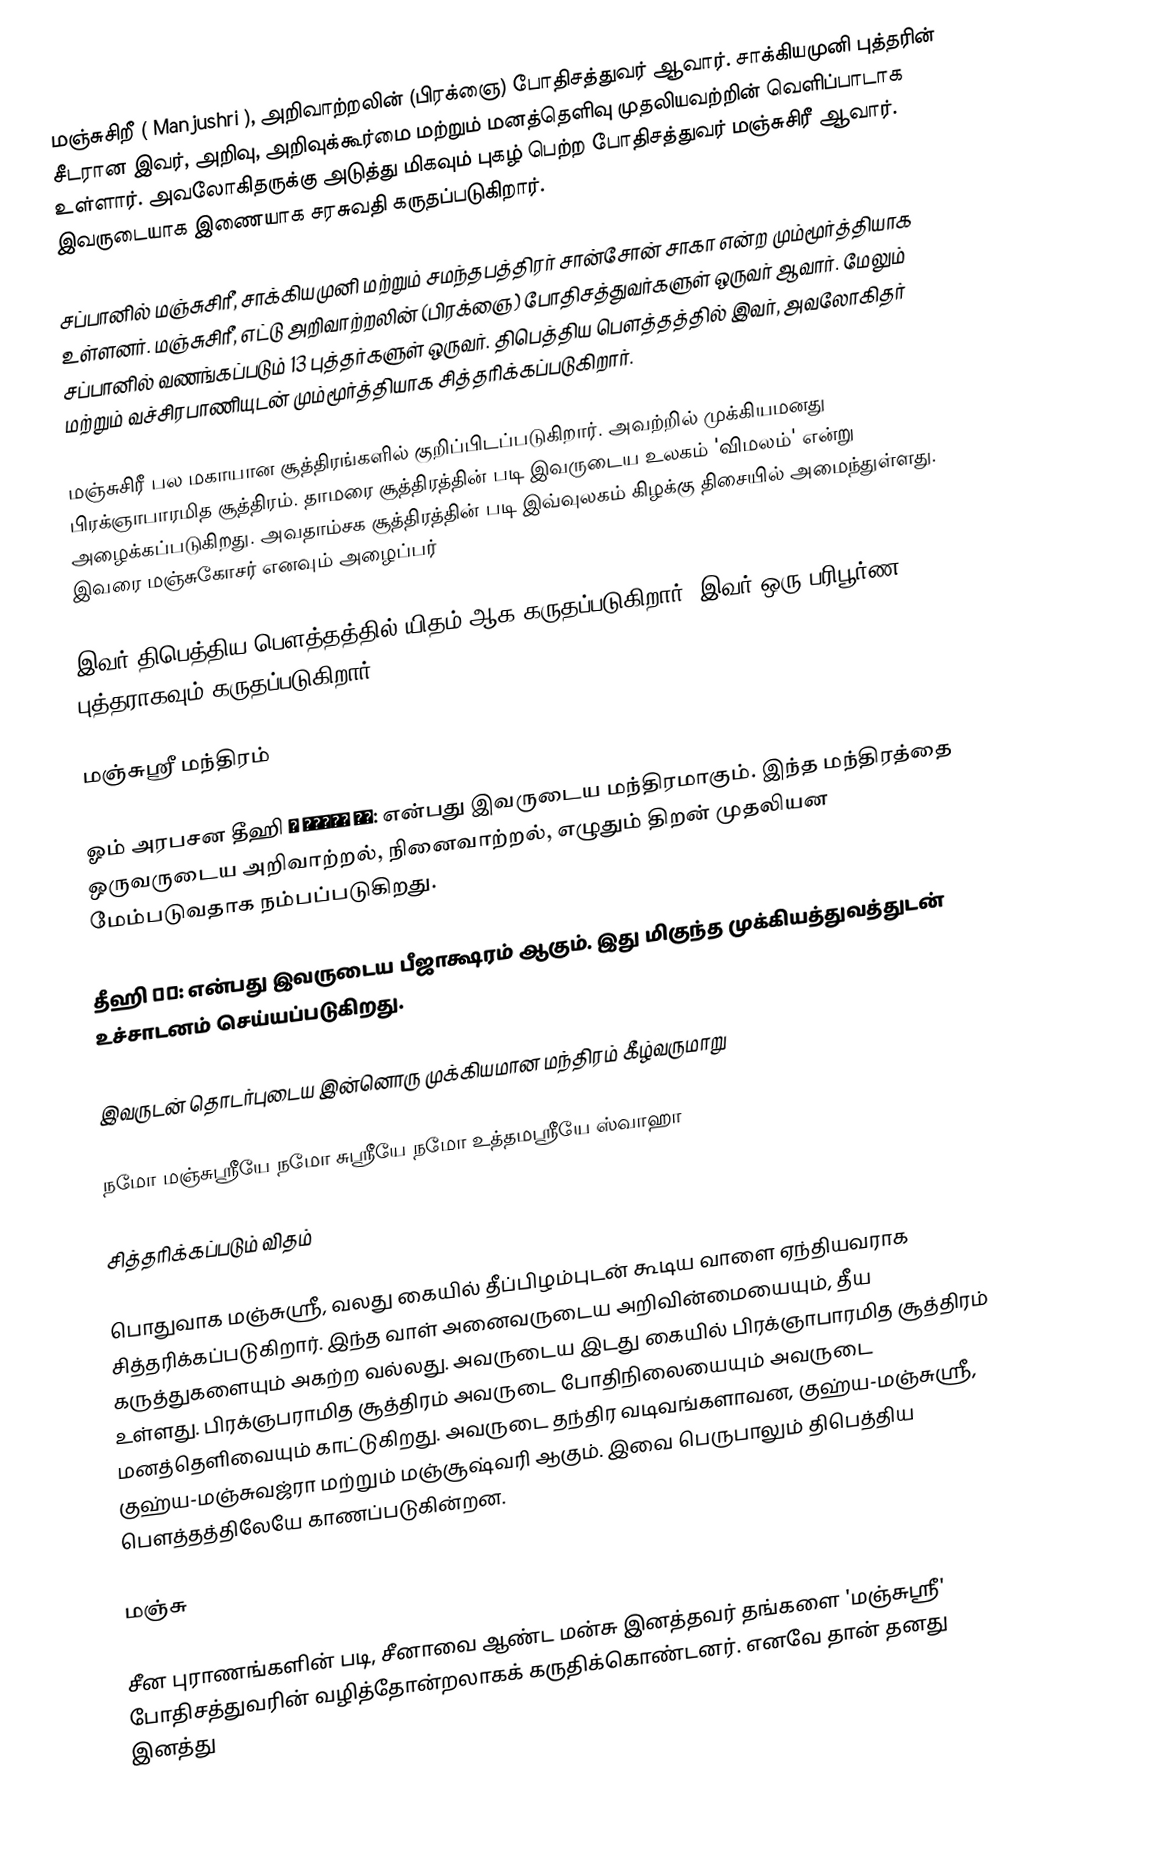
மஞ்சுசிறீ ( Manjushri ), அறிவாற்றலின் (பிரக்ஞை) போதிசத்துவர் ஆவார். சாக்கியமுனி புத்தரின் சீடரான இவர், அறிவு, அறிவுக்கூர்மை மற்றும் மனத்தெளிவு முதலியவற்றின் வெளிப்பாடாக உள்ளார். அவலோகிதருக்கு அடுத்து மிகவும் புகழ் பெற்ற போதிசத்துவர் மஞ்சுசிரீ ஆவார். இவருடையாக இணையாக சரசுவதி கருதப்படுகிறார்.

சப்பானில் மஞ்சுசிரீ, சாக்கியமுனி மற்றும் சமந்தபத்திரர் சான்சோன் சாகா என்ற மும்மூர்த்தியாக உள்ளனர். மஞ்சுசிரீ, எட்டு அறிவாற்றலின் (பிரக்ஞை) போதிசத்துவர்களுள் ஒருவர் ஆவார். மேலும் சப்பானில் வணங்கப்படும் 13 புத்தர்களுள் ஒருவர். திபெத்திய பௌத்தத்தில் இவர், அவலோகிதர் மற்றும் வச்சிரபாணியுடன் மும்மூர்த்தியாக சித்தரிக்கப்படுகிறார்.

மஞ்சுசிரீ பல மகாயான சூத்திரங்களில் குறிப்பிடப்படுகிறார். அவற்றில் முக்கியமனது பிரக்ஞாபாரமித சூத்திரம். தாமரை சூத்திரத்தின் படி இவருடைய உலகம் 'விமலம்' என்று அழைக்கப்படுகிறது. அவதாம்சக சூத்திரத்தின் படி இவ்வுலகம் கிழக்கு திசையில் அமைந்துள்ளது. இவரை மஞ்சுகோசர் எனவும் அழைப்பர்

இவர் திபெத்திய பௌத்தத்தில் யிதம் ஆக கருதப்படுகிறார். இவர் ஒரு பரிபூர்ண புத்தராகவும் கருதப்படுகிறார்

மஞ்சுஸ்ரீ மந்திரம்

ஓம் அரபசன தீஹி ॐ अरपचन धी: என்பது இவருடைய மந்திரமாகும். இந்த மந்திரத்தை ஒருவருடைய அறிவாற்றல், நினைவாற்றல், எழுதும் திறன் முதலியன மேம்படுவதாக நம்பப்படுகிறது.

தீஹி धी: என்பது இவருடைய பீஜாக்ஷரம் ஆகும். இது மிகுந்த முக்கியத்துவத்துடன் உச்சாடனம் செய்யப்படுகிறது.

இவருடன் தொடர்புடைய இன்னொரு முக்கியமான மந்திரம் கீழ்வருமாறு

நமோ மஞ்சுஸ்ரீயே நமோ சுஸ்ரீயே நமோ உத்தமஸ்ரீயே ஸ்வாஹா

சித்தரிக்கப்படும் விதம்

பொதுவாக மஞ்சுஸ்ரீ, வலது கையில் தீப்பிழம்புடன் கூடிய வாளை ஏந்தியவராக சித்தரிக்கப்படுகிறார். இந்த வாள் அனைவருடைய அறிவின்மையையும், தீய கருத்துகளையும் அகற்ற வல்லது. அவருடைய இடது கையில் பிரக்ஞாபாரமித சூத்திரம் உள்ளது. பிரக்ஞபராமித சூத்திரம் அவருடை போதிநிலையையும் அவருடை மனத்தெளிவையும் காட்டுகிறது. அவருடை தந்திர வடிவங்களாவன, குஹ்ய-மஞ்சுஸ்ரீ, குஹ்ய-மஞ்சுவஜ்ரா மற்றும் மஞ்சூஷ்வரி ஆகும். இவை பெருபாலும் திபெத்திய பௌத்தத்திலேயே காணப்படுகின்றன.

மஞ்சு

சீன புராணங்களின் படி, சீனாவை ஆண்ட மன்சு இனத்தவர் தங்களை 'மஞ்சுஸ்ரீ' போதிசத்துவரின் வழித்தோன்றலாகக் கருதிக்கொண்டனர். எனவே தான் தனது இனத்து